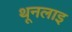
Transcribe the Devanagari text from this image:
थूनलाइ